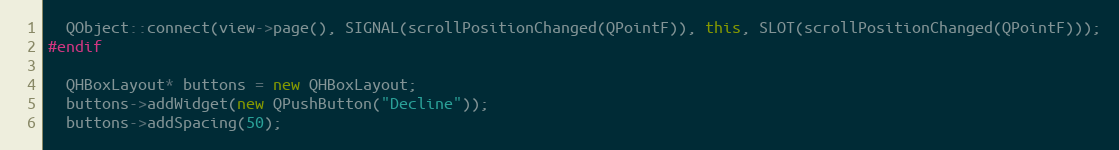
Language: C++
  QObject::connect(view->page(), SIGNAL(scrollPositionChanged(QPointF)), this, SLOT(scrollPositionChanged(QPointF)));
#endif

  QHBoxLayout* buttons = new QHBoxLayout;
  buttons->addWidget(new QPushButton("Decline"));
  buttons->addSpacing(50);